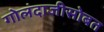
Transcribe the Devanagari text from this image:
गोलंदाजीसोबत